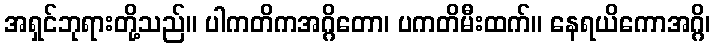
အရှင်ဘုရားတို့သည်။ ပါကတိကအဂ္ဂိတော၊ ပကတိမီးထက်။ နေရယိကောအဂ္ဂိ၊